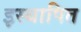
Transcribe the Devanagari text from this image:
इस्थापित